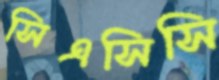
সিএসিসি